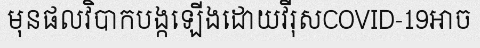
មុនផលវិបាកបង្កឡើងដោយវីរុសCOVID-19អាច